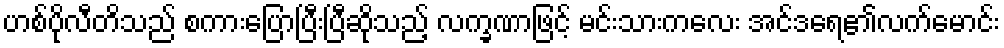
ဟစ်ပိုလီတိသည် စကားပြောပြီးပြီဆိုသည့် လက္ခဏာဖြင့် မင်းသားကလေး အင်ဒရေ၏လက်မောင်း